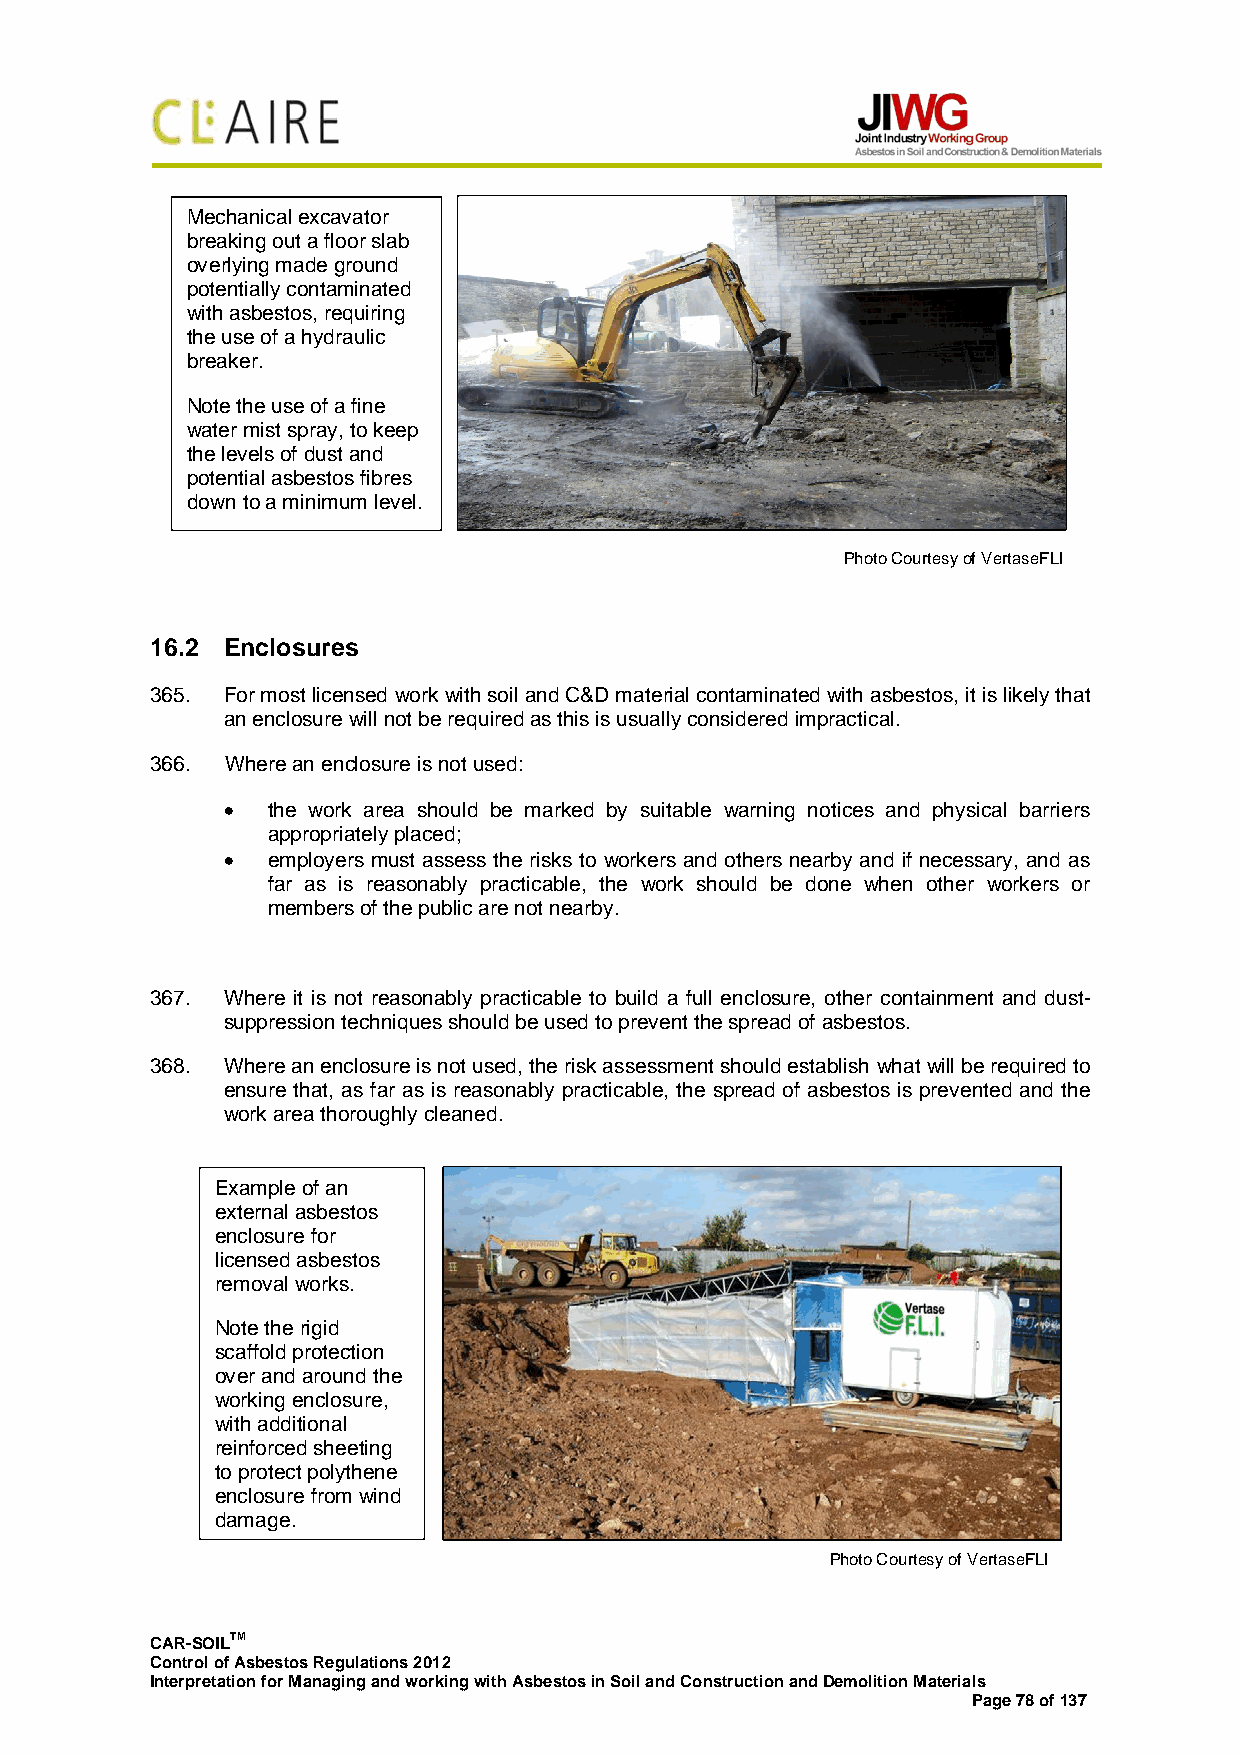
Mechanical excavator
 breaking out a floor slab
 overlying made ground
 potentially contaminated
 with asbestos, requiring
 the u se of a hydraulic
 breaker.
 Note the use of a fine
 water mist spray, to keep
 the levels of dust and
 potential asbestos fibres
 down to a minimum level.
 Photo Courtesy of VertaseFLI
 16.2 Enclosures
 365. For most licensed work with soil and C&D material contaminated with asbestos, it is likely that
 an enclosure will not be required as this is usually considered impractical.
 366. Where an enclosure is not used:
 •  the work area should be marked by suitable warning notices and physical barriers
 appropriately placed;
 •  employers must assess the risks to workers and others nearby and if necessary, and as
 far as is reasonably practicable, the work should be done when other workers or
 members of the public are not nearby.
 367. Where it is not reasonably practicable to build a full enclosure, other containment and dust-
 suppression techniques should be used to prevent the spread of asbestos.
 368. Where an enclosure is not used, the risk assessment should establish what will be required to
 ensure that, as far as is reasonably practicable, the spread of asbestos is prevented and the
 work area thoroughly cleaned.
 Example of an
 external asbestos
 enclosure for
 licensed asbestos
 removal works.
 Note the rigid
 scaffold protection
 over and around the
 working enclosure,
 with additional
 reinforced sheeting
 to protect polythene
 enclosure from wind
 damage.
 Photo Courtesy of VertaseFLI
 CAR-SOILTM
 Control of Asbestos Regulations 2012
 Interpretation for Managing and working with Asbestos in Soil and Construction and Demolition Materials
 Page 78 of 137